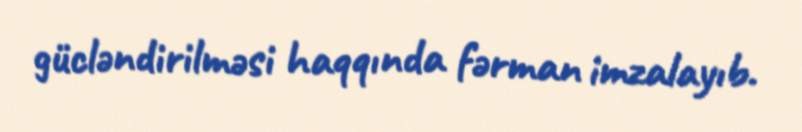
gücləndirilməsi haqqında fərman imzalayıb.